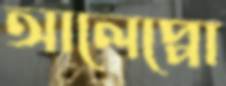
আলেপ্পো